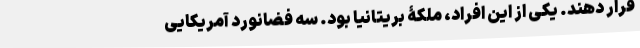
قرار دهند. یکی از این افراد، ملکۀ بریتانیا بود. سه فضانورد آمریکایی